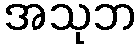
အသုဘ